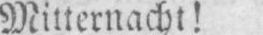
Mitternacht!